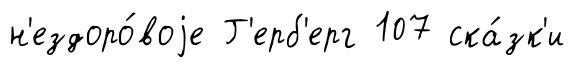
н'ездоро́воjе Г'ерб'ерг 107 ска́зк'и